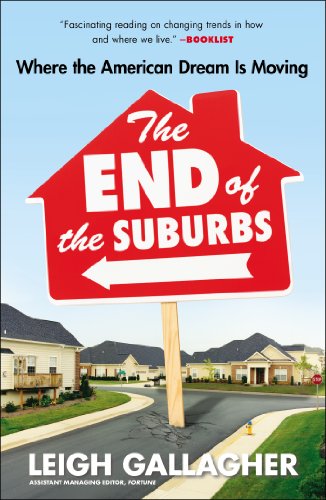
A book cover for The End of the Suburbs: Where the American Dream Is Moving; Leigh Gallagher; Business & Money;